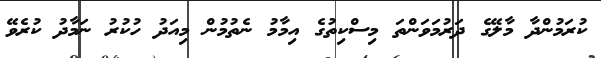
ކުރަމުންދާ މާލޭގެ ދަރުމަވަންތަ މިސްކިތުގެ އިމާމު ނެތުމުން މިއަދު ހުކުރު ނަމާދު ކުރެވޭ